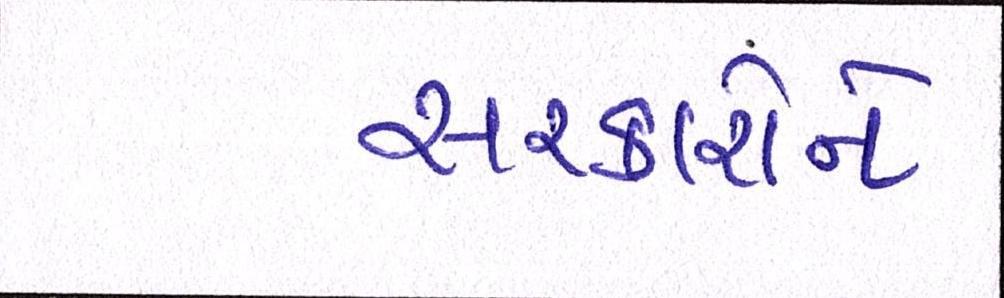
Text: સરકારોને